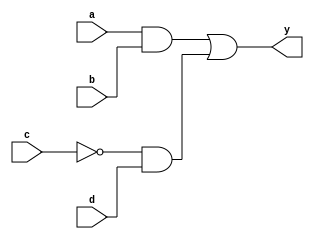
module combinational_logic (
    input wire a,        // Input signal a
    input wire b,        // Input signal b
    input wire c,        // Input signal c
    input wire d,        // Input signal d
    output reg y         // Output signal y
);

    // Combinational logic block
    always @(*) begin
        // Example logic operations
        y = (a & b) | (~c & d); // y is true if (a AND b) OR (NOT c AND d)
    end

endmodule